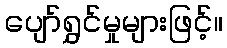
ပျော်ရွှင်မှုများဖြင့်။